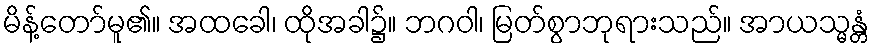
မိန့်တော်မူ၏။ အထခေါ၊ ထိုအခါ၌။ ဘဂဝါ၊ မြတ်စွာဘုရားသည်။ အာယသ္မန္တံ